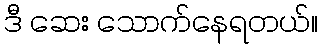
ဒီ ဆေး သောက်နေရတယ်။